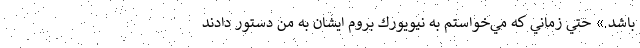
باشد.» حتي زماني كه مي‌خواستم به نيويورك بروم ايشان به من دستور دادند